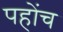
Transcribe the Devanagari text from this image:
पहोंच